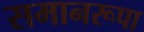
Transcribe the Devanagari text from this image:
समानरूपा